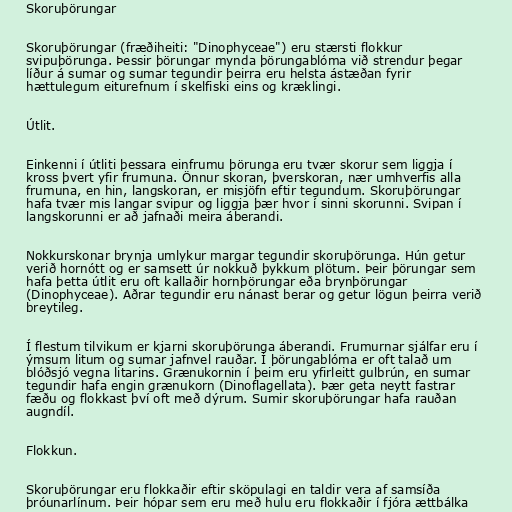
Skoruþörungar

Skoruþörungar (fræðiheiti: "Dinophyceae") eru stærsti flokkur
svipuþörunga. Þessir þörungar mynda þörungablóma við strendur þegar
líður á sumar og sumar tegundir þeirra eru helsta ástæðan fyrir
hættulegum eiturefnum í skelfiski eins og kræklingi.

Útlit.

Einkenni í útliti þessara einfrumu þörunga eru tvær skorur sem liggja í
kross þvert yfir frumuna. Önnur skoran, þverskoran, nær umhverfis alla
frumuna, en hin, langskoran, er misjöfn eftir tegundum. Skoruþörungar
hafa tvær mis langar svipur og liggja þær hvor í sinni skorunni. Svipan í
langskorunni er að jafnaði meira áberandi.

Nokkurskonar brynja umlykur margar tegundir skoruþörunga. Hún getur
verið hornótt og er samsett úr nokkuð þykkum plötum. Þeir þörungar sem
hafa þetta útlit eru oft kallaðir hornþörungar eða brynþörungar
(Dinophyceae). Aðrar tegundir eru nánast berar og getur lögun þeirra verið
breytileg.

Í flestum tilvikum er kjarni skoruþörunga áberandi. Frumurnar sjálfar eru í
ýmsum litum og sumar jafnvel rauðar. Í þörungablóma er oft talað um
blóðsjó vegna litarins. Grænukornin í þeim eru yfirleitt gulbrún, en sumar
tegundir hafa engin grænukorn (Dinoflagellata). Þær geta neytt fastrar
fæðu og flokkast því oft með dýrum. Sumir skoruþörungar hafa rauðan
augndíl.

Flokkun.

Skoruþörungar eru flokkaðir eftir sköpulagi en taldir vera af samsíða
þróunarlínum. Þeir hópar sem eru með hulu eru flokkaðir í fjóra ættbálka